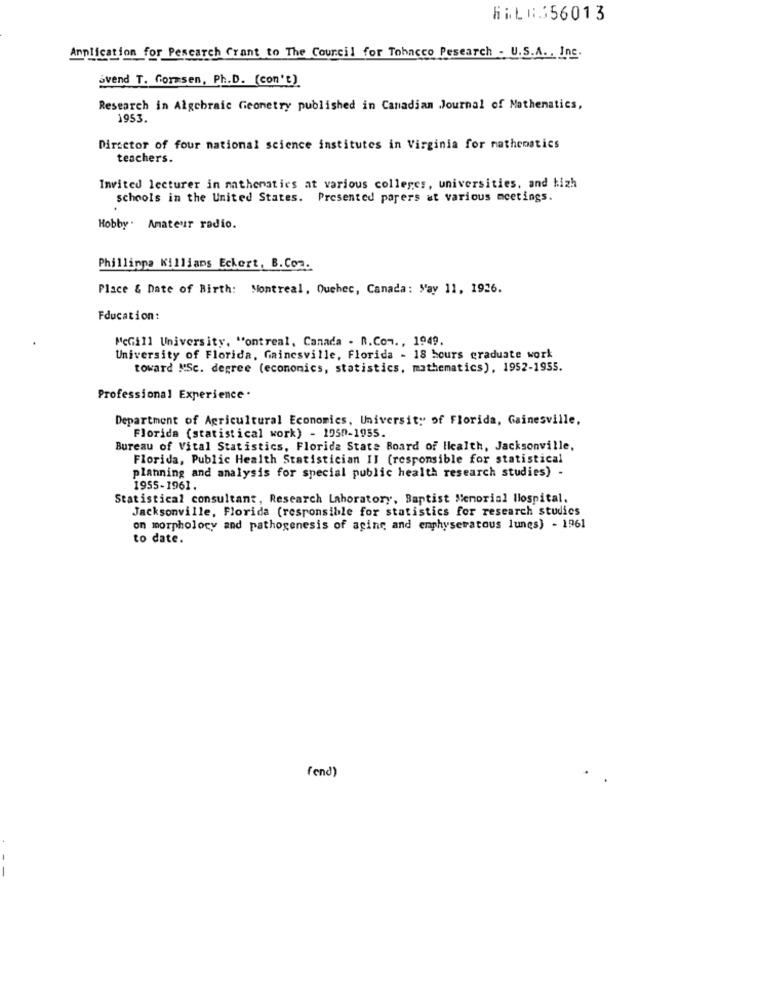
HIL8356013
Anplication for Pescarch Grant to The Council for Tobacco Pesearch - U.S.A. , Inc.
Svend T. formsen, Ph.D. (con't)
Research in Algebraic Geometry published in Canadian Journal of Mathematics,
1953.
Director of four national science institutes in Virginia for mathematics
teachers.
Invited lecturer in mathematics at various colleges, universities, and hizh
schools in the United States. Presented papers at various meetings.
.
Hobby. Amateur radio.
Phillinna Killians Eckert, B. Com.
Place & Date of Birth: Montreal, Quebec, Canada: May 11, 1926.
Fducation:
McGill University, Montreal, Canada . R. Com. , 1949.
University of Florida, Gainesville, Florida - 18 bours graduate work
toward MSc. degree (economics, statistics, mathematics), 1952-1955.
Professional Experience .
Department of Agricultural Economics, University of Florida, Gainesville,
Florida (statistical work) - 1950-1955.
Bureau of Vital Statistics, Florida State Board of Ilcalth, Jacksonville,
Florida, Public Health Statistician II (responsible for statistical
planning and analysis for special public health research studies) .
1955-1961.
Statistical consultant, Research Laboratory, Baptist Memorial Hospital,
Jacksonville, Florida (responsible for statistics for research studies
on morphology and pathogenesis of aging and enphyseratous lunes) - 1961
to date.
(end)